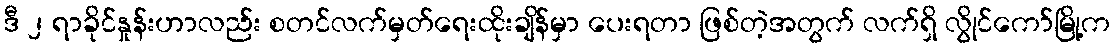
ဒီ ၂ ရာခိုင်နှုန်းဟာလည်း စတင်လက်မှတ်ရေးထိုးချိန်မှာ ပေးရတာ ဖြစ်တဲ့အတွက် လက်ရှိ လွိုင်ကော်မြို့က